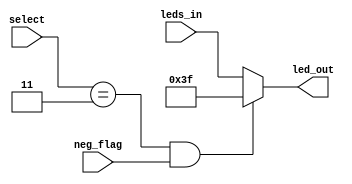
`timescale 1ns / 1ps
//////////////////////////////////////////////////////////////////////////////////
// Company: 
// Engineer: 
// 
// Design Name: 
// Module Name: neg_sign_mux
// Project Name: 
// Target Devices: 
// Tool Versions: 
// Description: 
// 
// Dependencies: 
// 
// Revision:
// Revision 0.01 - File Created
// Additional Comments:
// 
//////////////////////////////////////////////////////////////////////////////////


module neg_sign_mux(

    input [1:0]select,
    input neg_flag,
    input [6:0] leds_in,
    output reg [6:0]led_out

    );
    
    
    always @(select, neg_flag) begin
    
        if (select == 2'b11 && neg_flag) begin
        
            led_out = 7'b0111111;
        
        end
        
        else begin
        
            led_out = leds_in;
            
        end
    
    end
        
endmodule